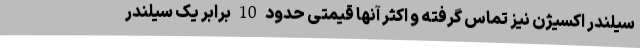
سیلندر اکسیژن نیز تماس گرفته و اکثر آنها قیمتی حدود 10 برابر یک سیلندر